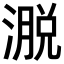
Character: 𪷄